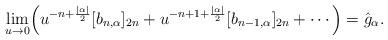
LaTeX: \begin{align*} \lim_{u\rightarrow0}\Bigr(u^{-n+\frac{\left\vert \alpha\right\vert}{2}}[b_{n,\alpha}]_{2n}+u^{-n+1+\frac{\left\vert \alpha\right\vert}{2}}[b_{n-1,\alpha}]_{2n}+\cdots\Bigr)=\hat g_\alpha.\end{align*}